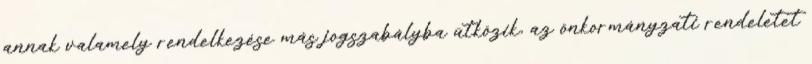
annak valamely rendelkezése más jogszabályba ütközik, az önkormányzati rendeletet